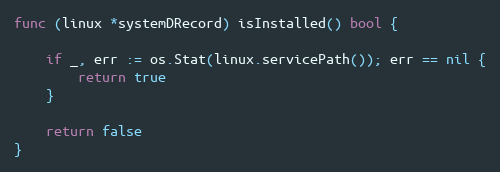
Language: Go
func (linux *systemDRecord) isInstalled() bool {

	if _, err := os.Stat(linux.servicePath()); err == nil {
		return true
	}

	return false
}